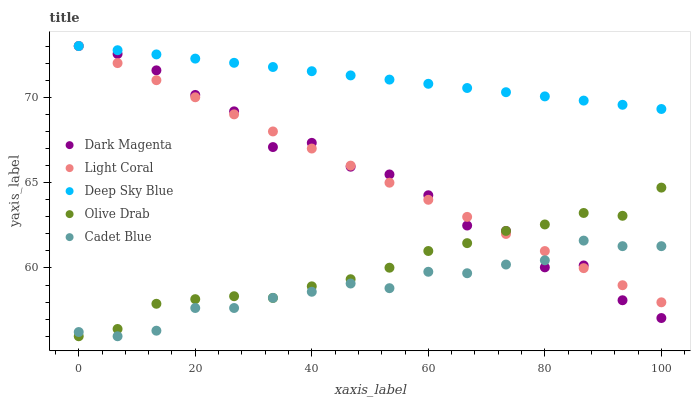
| xaxis_label | Dark Magenta | Light Coral | Deep Sky Blue | Olive Drab | Cadet Blue |
 | --- | --- | --- | --- | --- | --- |
 | 0 | 73 | 73 | 73 | 56 | 56.2 |
 | 6.67 | 72.5 | 72 | 72.8 | 56.4 | 56 |
 | 13.3 | 71.6 | 71 | 72.5 | 57.9 | 56.3 |
 | 20 | 70.1 | 70 | 72.3 | 58.2 | 57.7 |
 | 26.7 | 69.2 | 69 | 72 | 58.3 | 57.7 |
 | 33.3 | 67.1 | 68 | 71.8 | 58.2 | 58.2 |
 | 40 | 67.3 | 67 | 71.5 | 58.9 | 58.6 |
 | 46.7 | 65.9 | 66 | 71.3 | 59.3 | 59.1 |
 | 53.3 | 65.5 | 65 | 71 | 60 | 58.8 |
 | 60 | 64.3 | 64 | 70.8 | 61 | 59.8 |
 | 66.7 | 62.5 | 63 | 70.5 | 61.5 | 59.7 |
 | 73.3 | 62.2 | 62 | 70.3 | 62.2 | 60.2 |
 | 80 | 60 | 61 | 70 | 62.5 | 60.4 |
 | 86.7 | 60.1 | 60 | 69.8 | 63.2 | 61.6 |
 | 93.3 | 58.1 | 59 | 69.6 | 63.1 | 61.3 |
 | 100 | 57.1 | 58 | 69.3 | 64.7 | 61.3 |